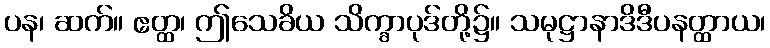
ပန၊ ဆက်။ ဧတ္ထ၊ ဤသေခိယ သိက္ခာပုဒ်တို့၌။ သမုဋ္ဌာနာဒိဒီပနတ္ထာယ၊